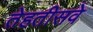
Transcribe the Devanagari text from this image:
तेहतीसवे